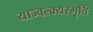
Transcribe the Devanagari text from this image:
याज्‍वल्क्यस्मृति